Vaccination returns of the Province of Eastern Bengal and Assam - 1905-1912
Year: 1905
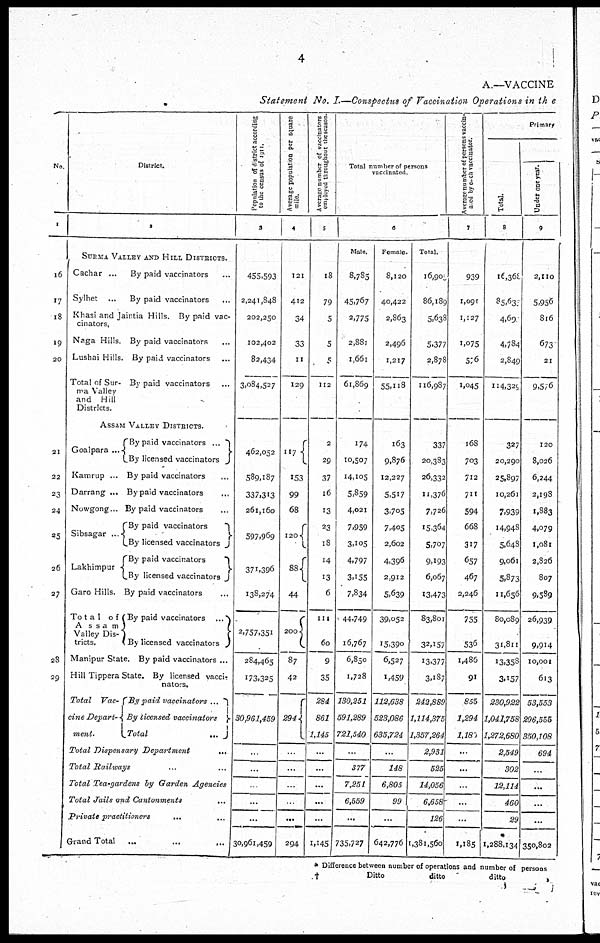
4
A.—VACCINE
Statement No. I.—Conspectus of Vaccination Operations in the
No.
1
16
17
18
19
20
21
22
23
24
25
26
27
28
29
District.
2
SURMA VALLEY AND HILL DISTRICTS.
Cachar ...
Sylhet ...
Khasi and Jaintia Hills.
Naga Hills.
Lushai Hills.
Total of Sur-
ma Valley
and Hill
Districts.
By paid vaccinators...
By paid vaccinators...
By paid vac-
cinators.
By paid
vaccinators...
By paid vaccinators...
By paid vaccinators...
ASSAM VALLEY DISTRICTS.
Goalpara...
Kamrup ...
Darrang ...
Nowgong...
Sibsagar...
Lakhimpur
Garo Hills.
Tota1 of
Assam
Valley Dis-
tricts.
Manipur State.
Hill Tippera State.
Total Vac-
cine Depart-
ment.
By paid vaccinators...
By licensed vaccinators
By paid vaccinators...
By paid vaccinators...
By paid vaccinators...
By paid vaccinators
By licensed vaccinators
By paid vaccinators
By licensed vaccinators
By paid vaccinators...
By paid vaccinators...
By licensed vaccinators
By paid vaccinators ...
By licensed vacci-
nators.
By paid vaccinators ...
By licensed vaccinators
Total...
Total Dispensary Department
...
Total Railways...
Total Tea-gardens by Garden Agencies
Total Jails and Cantonments
...
Private
practitioners...
Grand
Total...
...
...
Population of district according
to the census of 1911.
3
455,593
2,241,848
202,250
102,402
82,434
3,084,527
462,052
589,187
337,313
261,160
597,969
371,396
138,274
2,757,351
284,465
173,325
30,961,459
...
...
...
...
...
30,961,459
Average population per square
mile.
4
121
412
34
33
11
129
117
153
99
68
120
88
44
200
87
42
294
...
...
...
...
...
294
Average number of vaccinators
employed throughout the season.
5
18
79
5
5
5
112
2
29
37
16
13
23
18
14
13
6
111
60
9
35
284
861
1,145
...
...
...
...
...
1,145
Total number of persons
vaccinated.
6
Male.
8,785
45,767
2,775
2,881
1,661
61,869
174
10,507
14,105
5,859
4,021
7,959
3,105
4,797
3,155
7,834
44,749
16,767
6,850
1,728
130,251
591,289
721,540
...
377
7,251
6,559
...
735,727
Female.
8,120
40,422
2,863
2,496
1,217
55,118
163
9,876
12,227
5,517
3,705
7,405
2,602
4,396
2,912
5,639
39,052
15,390
6,527
1,459
112,638
523,086
635,724
...
148
6,805
99
...
642,776
Total.
16,90
86,189
5,638
5,377
2,878
116,987
337
20,383
26,332
11,376
7,726
15,364
5,707
9,193
6,067
13,473
83,801
32,157
13,377
3,187
242,889
1,114,375
1,357,264
2,931
525
14,056
6,658
126
1,381,560
Average number of persons vaccin-
ated by each vaccinator.
7
939
1,091
1,127
1,075
576
1,045
168
703
712
711
594
668
317
657
467
2,246
755
536
1,486
91
855
1,294
1,180
...
...
...
...
...
1,185
Primary
Total.
8
16,368
85,63
4,69
4,784
2,849
114,329
327
20,290
25,897
10,261
7,939
14,948
5,648
9,061
5,873
11,656
80,089
31,811
13,358
3,157
230,922
1,041,758
1,272,680
2,549
302
12,114
460
29
*
1,288,134
Under one year.
9
2,110
5,956
816
673
21
9,576
120
8,026
6,244
2,198
1,883
4,079
1,081
2,826
807
9,589
26,939
9,914
10,001
613
53,553
296,555
350,108
694
...
...
...
...
350,802
* Difference between number of operations and number of persons
†
Ditto
ditto
ditto